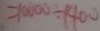
= 1 0 0 0 0 \div 1 4 0 0